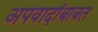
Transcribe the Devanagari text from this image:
अपवादांबाबत